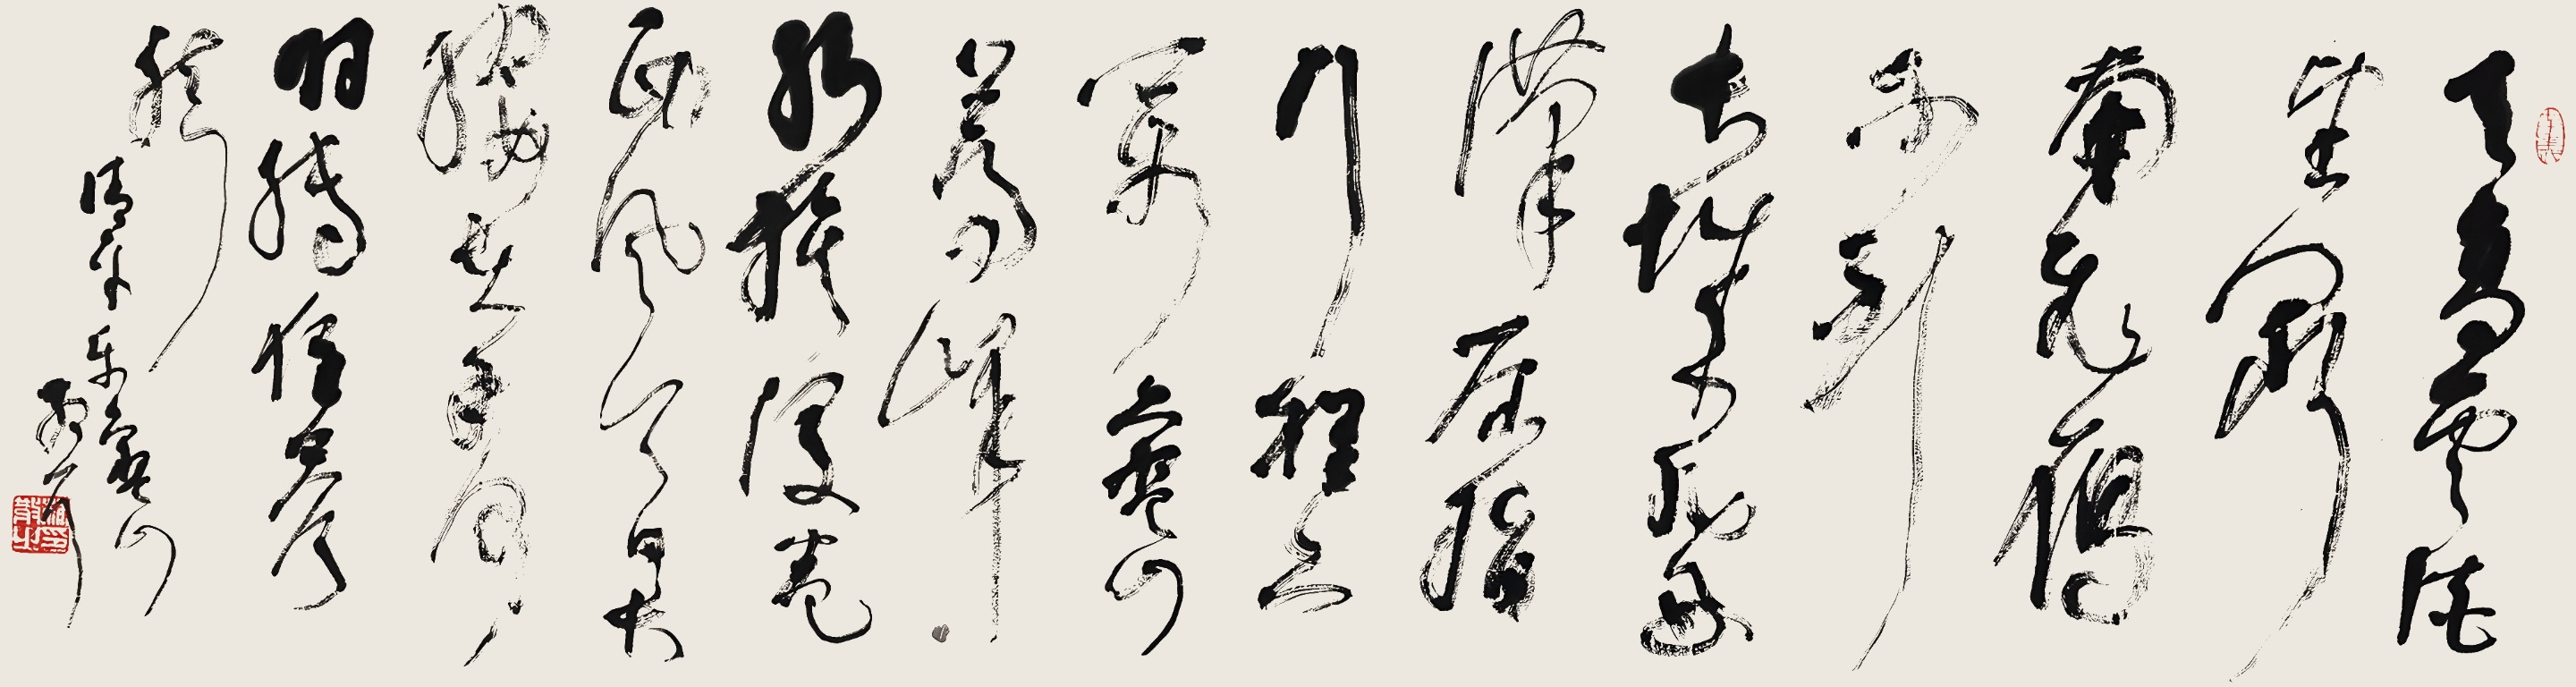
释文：天高云淡，望断南飞雁。不到长城非好汉，屈指行程二万。六盘山上高峰，红旗漫卷西风。今日长缨在手，何时缚住苍龙？清平乐六盘山。散耳。